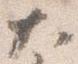
大